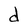
Character: d